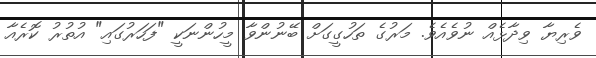
ވެރިޔާ ވިދާޅެއް ނުވެއެވެ. މަރުގެ ތަހުގީގަށް ބޭނުންވާ މީހުންނަކީ "ފަހަރުގައި" އުތުުރު ކޮރެއާ